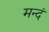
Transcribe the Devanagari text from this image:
मन्दं